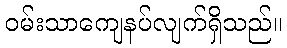
ဝမ်းသာကျေနပ်လျက်ရှိသည်။